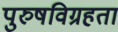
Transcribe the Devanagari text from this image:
पुरुषविग्रहता